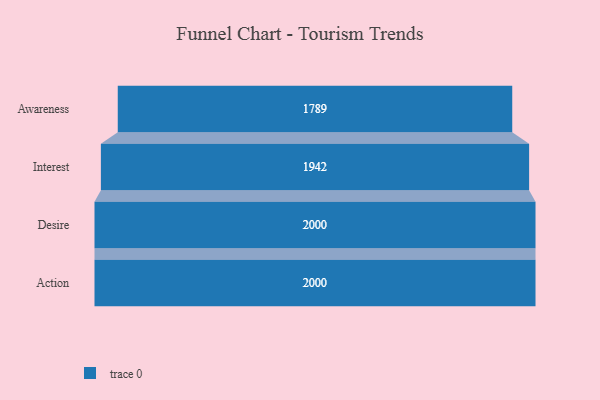
{"axis": {"x": "Stage", "y": "Value"}, "legend": [""], "data": [{"x": "Awareness", "y": 1789.0, "type": ""}, {"x": "Interest", "y": 1942.0, "type": ""}, {"x": "Desire", "y": 2000, "type": ""}, {"x": "Action", "y": 2000, "type": ""}]}